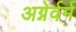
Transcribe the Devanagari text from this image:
अग्नेर्वर्म